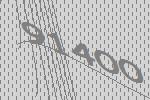
91400